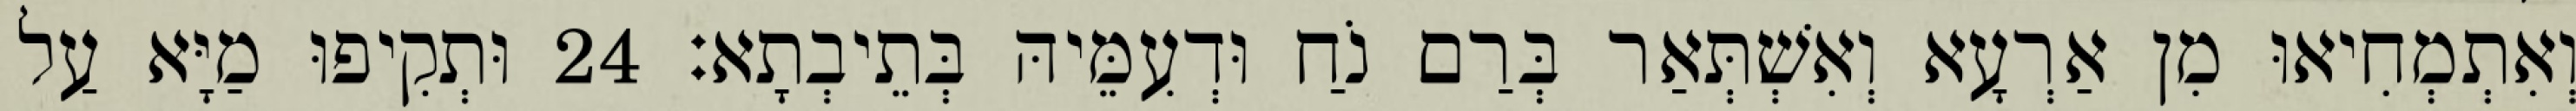
וְאִתְמְחִיאוּ מִן אַרְעָא וְאִשְׁתְּאַר בְּרַם נֹחַ וּדְעִמֵּיהּ בְּתֵיבְתָא׃ 24 וּתְקִיפוּ מַיָּא עַל